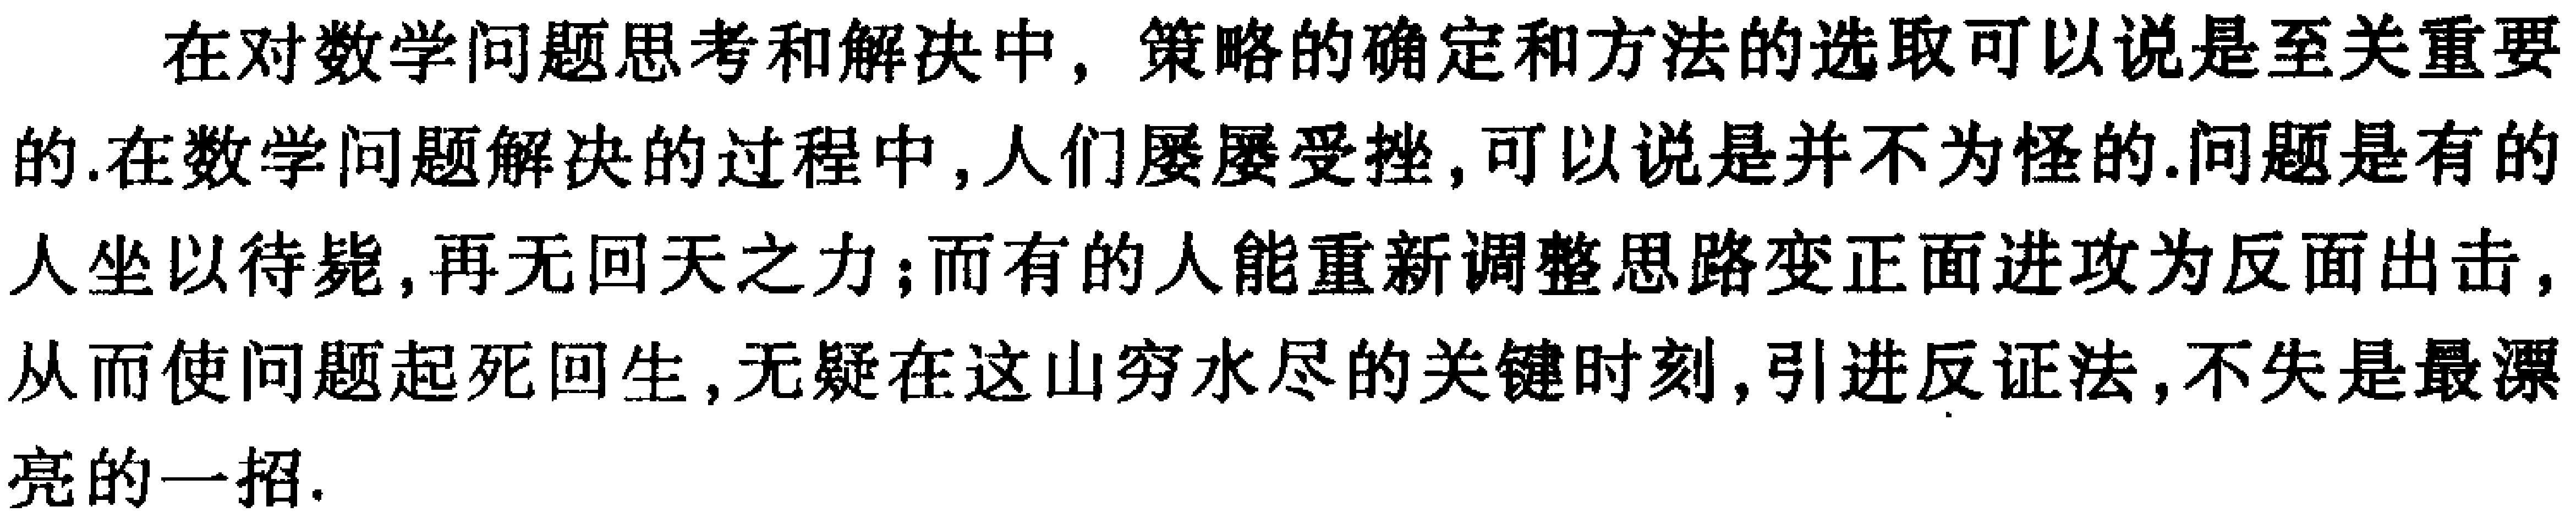
在对数学问题思考和解决中，策略的确定和方法的选取可以说是至关重要的.在数学问题解决的过程中, 人们屡屡受挫, 可以说是并不为怪的.问题是有的人坐以待毙, 再无回天之力；而有的人能重新调整思路变正面进攻为反面出击, 从而使问题起死回生, 无疑在这山穷水尽的关键时刻, 引进反证法, 不失是最漂亮的一招.